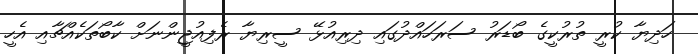
ހަދިޔާ ކުރީ ތުރުކީގެ ބޯޑަރު ސަރަހައްދުގައި ދިރިއުޅޭ ސީރިޔާ ރެފިއުޖީންނަށް ކާބޯތަކެއްޗާއި އެހީ